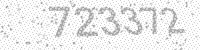
Solution: 723372